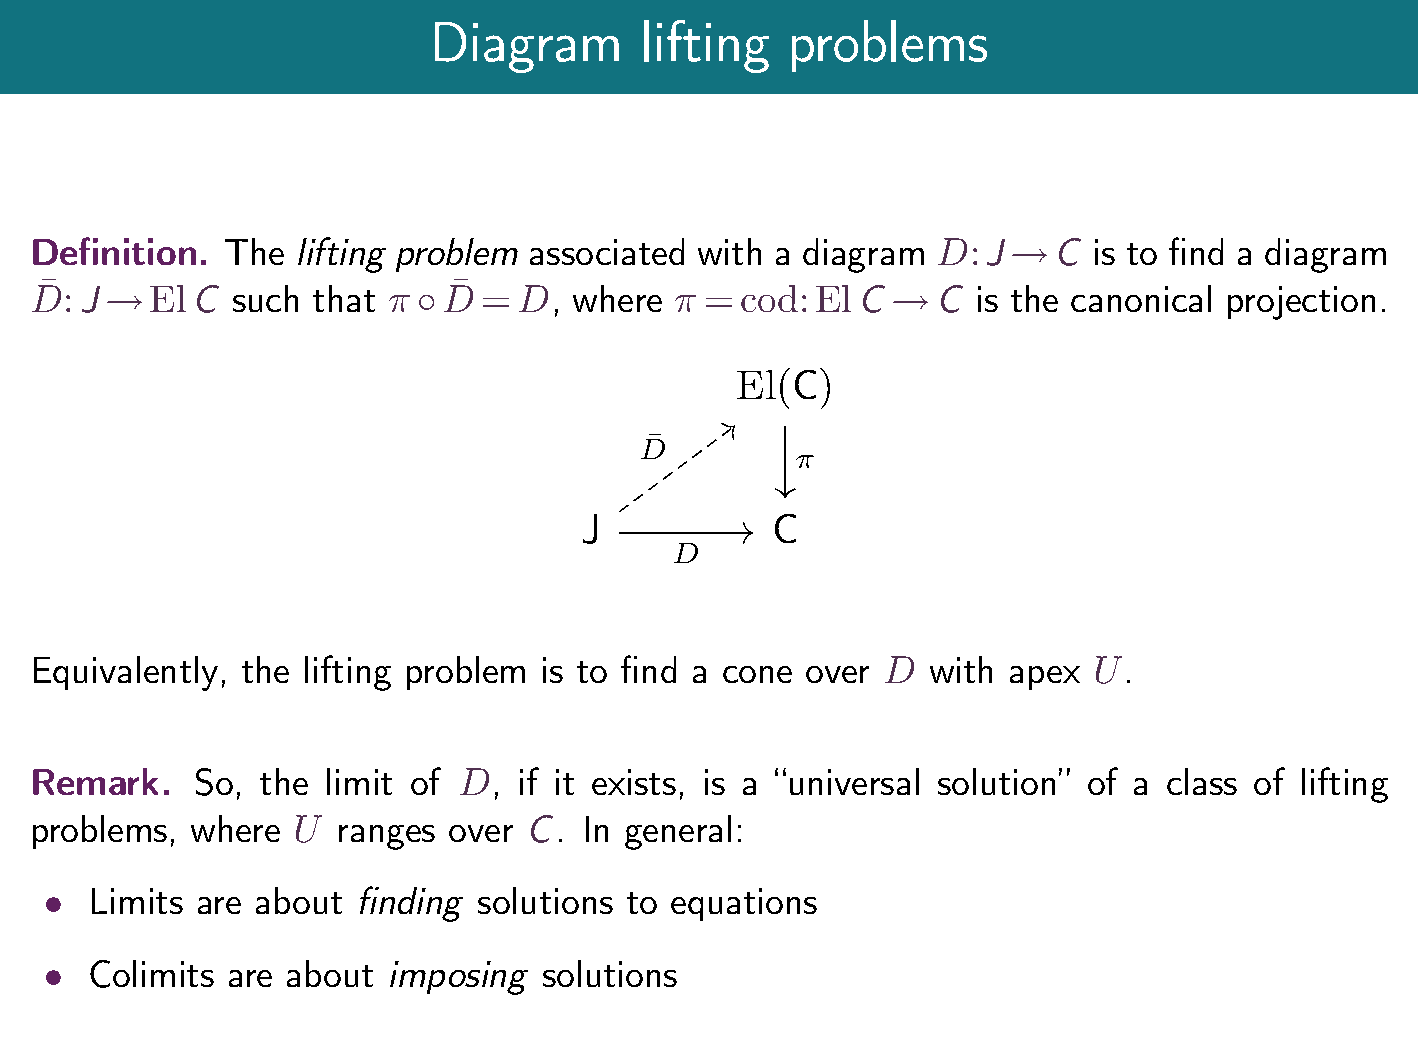
Diagram       lifting   problems
 Definition.  The lifting problem associated with a diagram  D:J     C is to find a diagram
 !
                           
 D:J     ElC  such  that   D  =D,   where   =cod:ElC       C  is the canonical projection.
 !                                                  !
 C
 El(  )
 ¯
 D
 π
 J            C
 D
 Equivalently, the lifting problem is to find a cone over D with  apex U.
 Remark.    So, the limit of D,  if it exists, is a universal solution of a class of lifting
 problems,  where U  ranges  over C. In general:
 Limits are about  finding solutions to equations
 
 Colimits are about  imposing  solutions
 